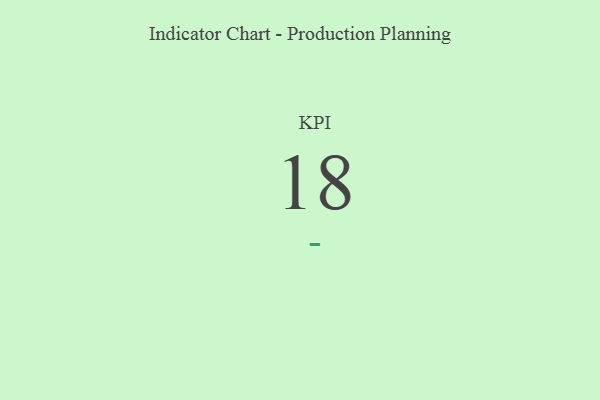
{"axis": {"x": "KPI", "y": "Value"}, "legend": [""], "data": [{"x": "KPI", "y": 18, "type": ""}]}